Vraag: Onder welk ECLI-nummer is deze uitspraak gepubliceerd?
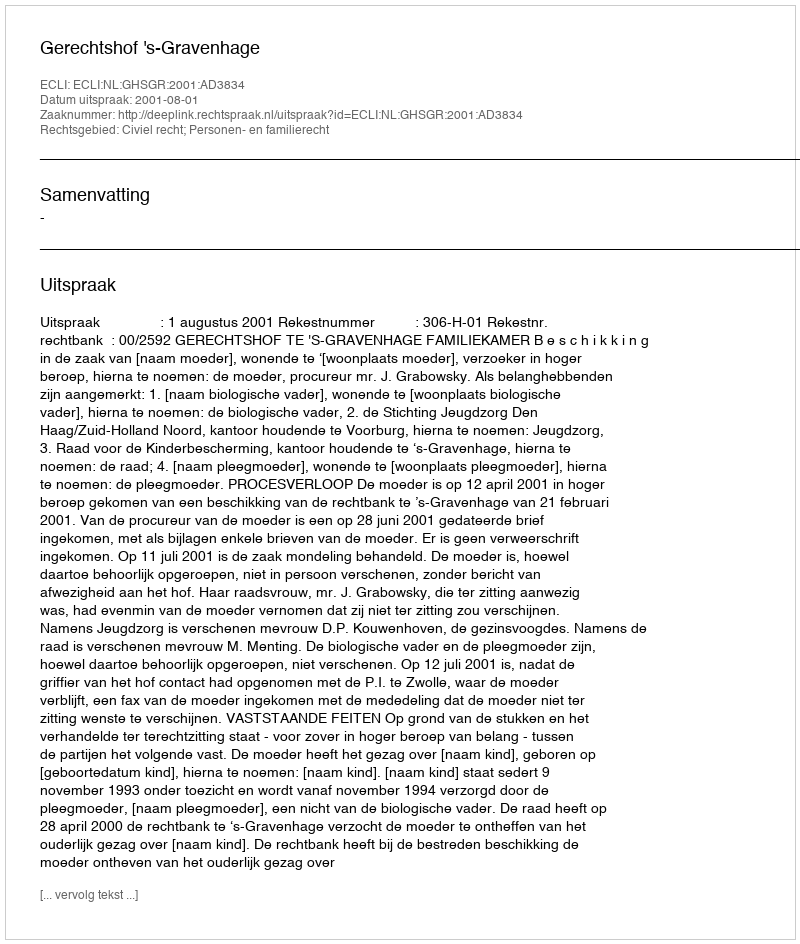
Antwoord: ECLI:NL:GHSGR:2001:AD3834